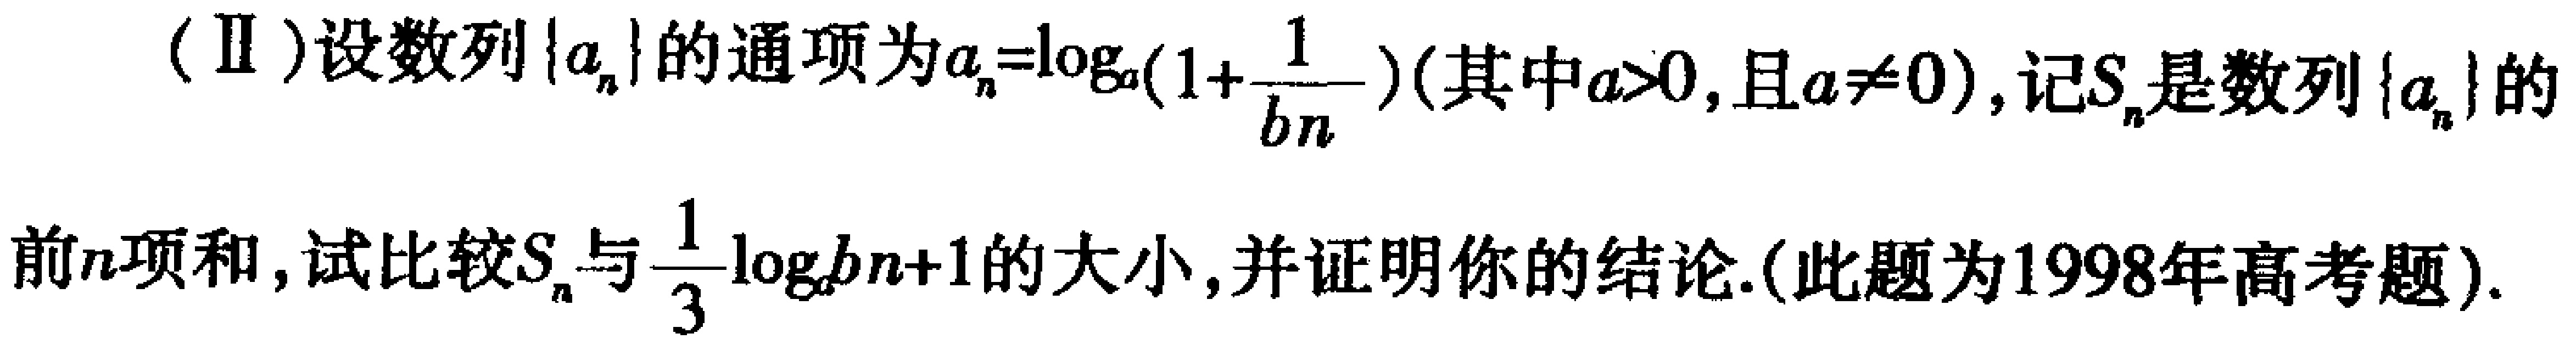
(Ⅱ)设数列\(\{a_{n}\}\)的通项为\(a_{n}=\log_{a}(1 + \frac{1}{b_{n}})\)(其中\(a>0\),且\(a\neq0\)),记\(S_{n}\)是数列\(\{a_{n}\}\)的前\(n\)项和,试比较\(S_{n}\)与\(\frac{1}{3}\log_{a}b_{n + 1}\)的大小,并证明你的结论.(此题为1998年高考题).